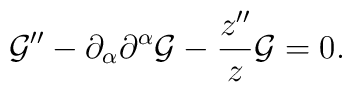
{\cal G}'' - \partial_{\alpha}\partial^{\alpha} {\cal G} - \frac{z''}{z} {\cal G}=0.